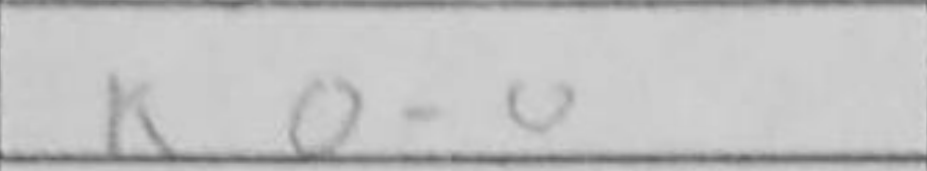
Transcription: O-O